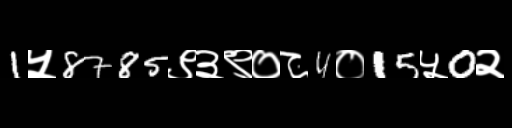
Text: 1५8785९३९०८4०15५0२